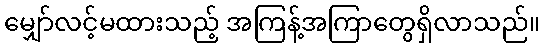
မျှော်လင့်မထားသည့် အကြန့်အကြာတွေရှိလာသည်။